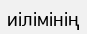
иілімінің